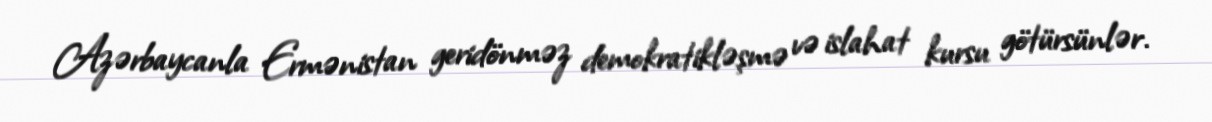
Azərbaycanla Ermənistan geridönməz demokratikləşmə və islahat kursu götürsünlər.